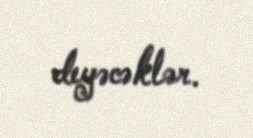
deyəcəklər.